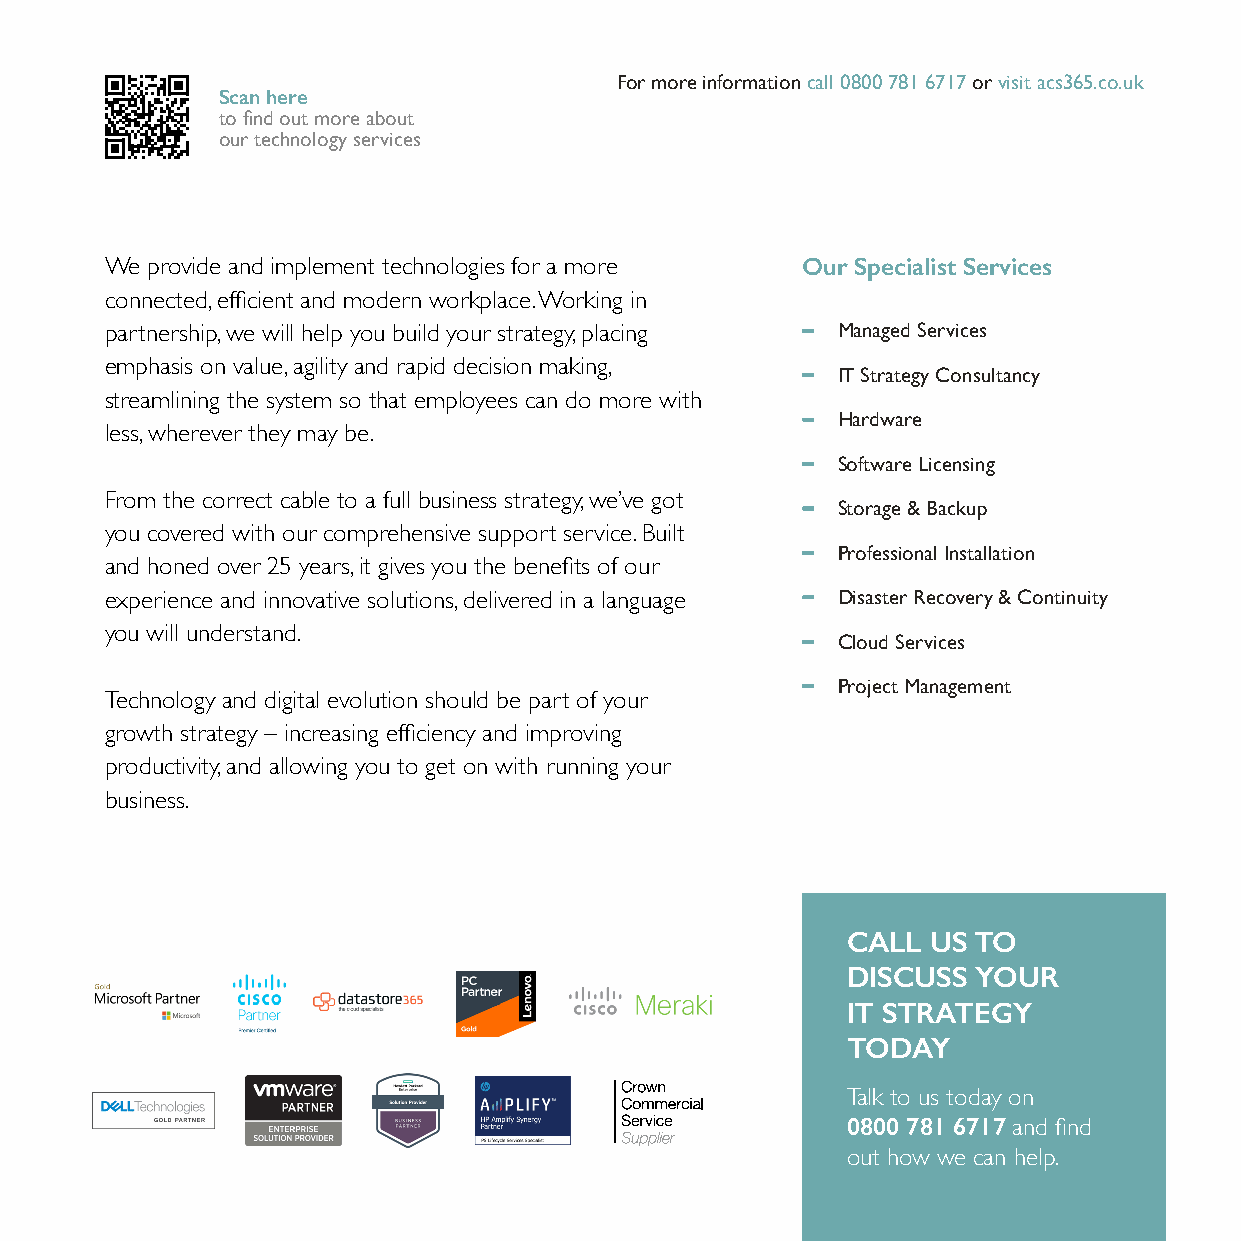
For more information call 0800 781 6717 or visit acs365.co.uk
 Scan here
 to find out more about
 our technology services
 We provide and implement technologies for a more Our Specialist Services
 connected, efficient and modern workplace. Working in
 partnership, we will help you build your strategy, placing Managed Services
 emphasis on value, agility and rapid decision making,
 IT Strategy Consultancy
 streamlining the system so that employees can do more with
 Hardware
 less, wherever they may be.
 Software Licensing
 From the correct cable to a full business strategy, we’ve got
 Storage & Backup
 you covered with our comprehensive support service. Built
 Professional Installation
 and honed over 25 years, it gives you the benefits of our
 experience and innovative solutions, delivered in a language Disaster Recovery & Continuity
 you will understand.
 Cloud Services
 Project Management
 Technology and digital evolution should be part of your
 growth strategy – increasing efficiency and improving
 productivity, and allowing you to get on with running your
 business.
 CALL  US TO
 DISCUSS  YOUR
 IT STRATEGY
 TODAY
 Talk to us today on
 0800 781 6717 and find
 out how we can help.